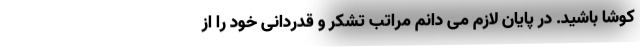
کوشا باشید. در پایان لازم می دانم مراتب تشکر و قدردانی خود را از